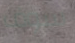
سوف